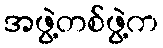
အဖွဲ့တစ်ဖွဲ့က